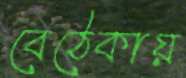
বেঠেকায়